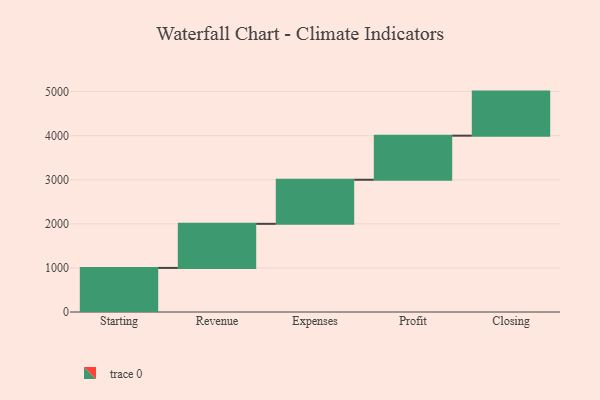
{"axis": {"x": "Step", "y": "Value"}, "legend": [""], "data": [{"x": "Starting", "y": 1000, "type": ""}, {"x": "Revenue", "y": 1000, "type": ""}, {"x": "Expenses", "y": 1000, "type": ""}, {"x": "Profit", "y": 1000, "type": ""}, {"x": "Closing", "y": 1000, "type": ""}]}